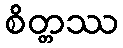
စိတ္တဿ